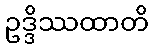
ဥဒ္ဒိဿထာတိ